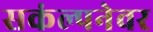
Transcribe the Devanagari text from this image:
सकंल्पनेवर